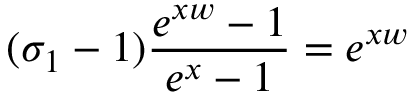
( \sigma _ { 1 } - 1 ) \frac { e ^ { x w } - 1 } { e ^ { x } - 1 } = e ^ { x w }